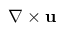
\nabla \times \mathbf { u }